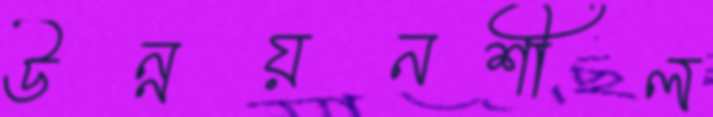
উন্নয়নশীল